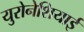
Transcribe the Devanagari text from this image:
युरोनेशियाई